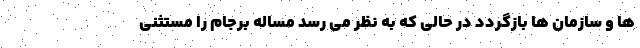
ها و سازمان ها بازگردد در حالی که به نظر می رسد مساله برجام را مستثنی